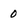
Character: 0